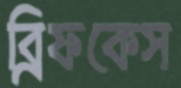
ব্রিফকেস